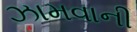
ઝામવાની